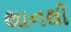
થાનથી